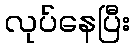
လုပ်နေပြီး